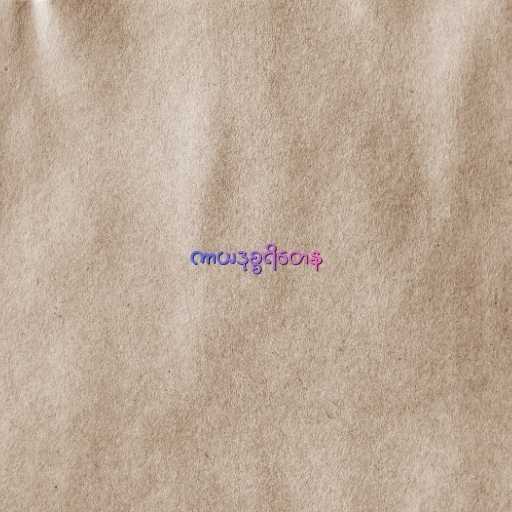
ကာယဒုစ္စရိတေန